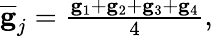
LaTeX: \begin{array}{r}{\overline{{\mathbf g}}_{j}=\frac{{\mathbf g}_{1}+{\mathbf g}_{2}+{\mathbf g}_{3}+{\mathbf g}_{4}}{4},}\end{array}